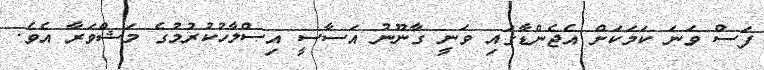
ފަސް ވަނަ ކަމަކަށް އެޖެންޑާގައި ވަނީ ގާނޫނު އަސާސީ އިސްލާހުކުރުމުގެ މަޝްވަރާ އެވެ.